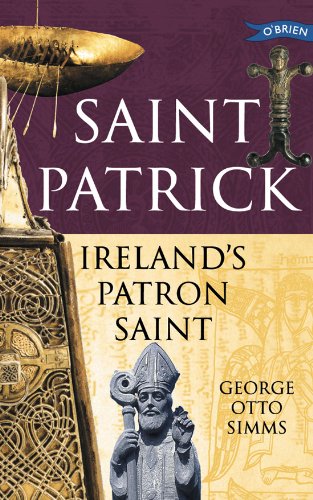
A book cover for Saint Patrick: Ireland's Patron Saint (Exploring) (O'brein Exploring); George Otto Simms; Biographies & Memoirs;